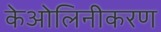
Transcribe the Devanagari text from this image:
केओलिनीकरण